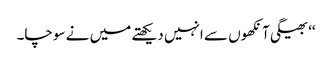
‘‘ بھیگی آنکھوں سے انہیں دیکھتے میں نے سوچا۔